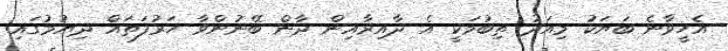
އެހީވާނެ ބަޔަކު މިއަދު ތިބުމަކީ އެ ދާއިރާއިން ދާން ބޭނުންވާ ހަރުފަތައް ދިޔުމުގައި